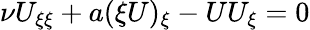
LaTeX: \nu U_{\xi\xi}+a(\xi U)_{\xi}-UU_{\xi}=0